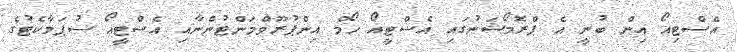
އެސްޓިއޯ އިން ބުނީ އެ ޕްރޮމޯޝަނުގައި އެސްޓީއޯ ހޯމް އިންޕުރޫވްމަންޓުންނާއި އެސްޓީއޯ ސުޕަމާކެޓުގެ